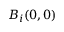
B _ { i } ( 0 , 0 )